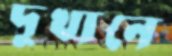
দুখানে